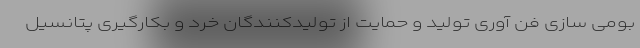
بومی سازی فن آوری تولید و حمایت از تولیدکنندگان خرد و بکارگیری پتانسیل